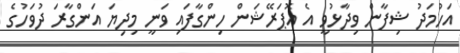
އަހުމަދު ޝިފާން ވިދާޅުވީ އެ އޮޕަރޭޝަން ހިންގާފައި ވަނީ މިދިޔަ އަންގާރަ ދުވަހުގެ